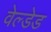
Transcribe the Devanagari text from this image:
वेल्डेड